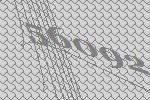
56092